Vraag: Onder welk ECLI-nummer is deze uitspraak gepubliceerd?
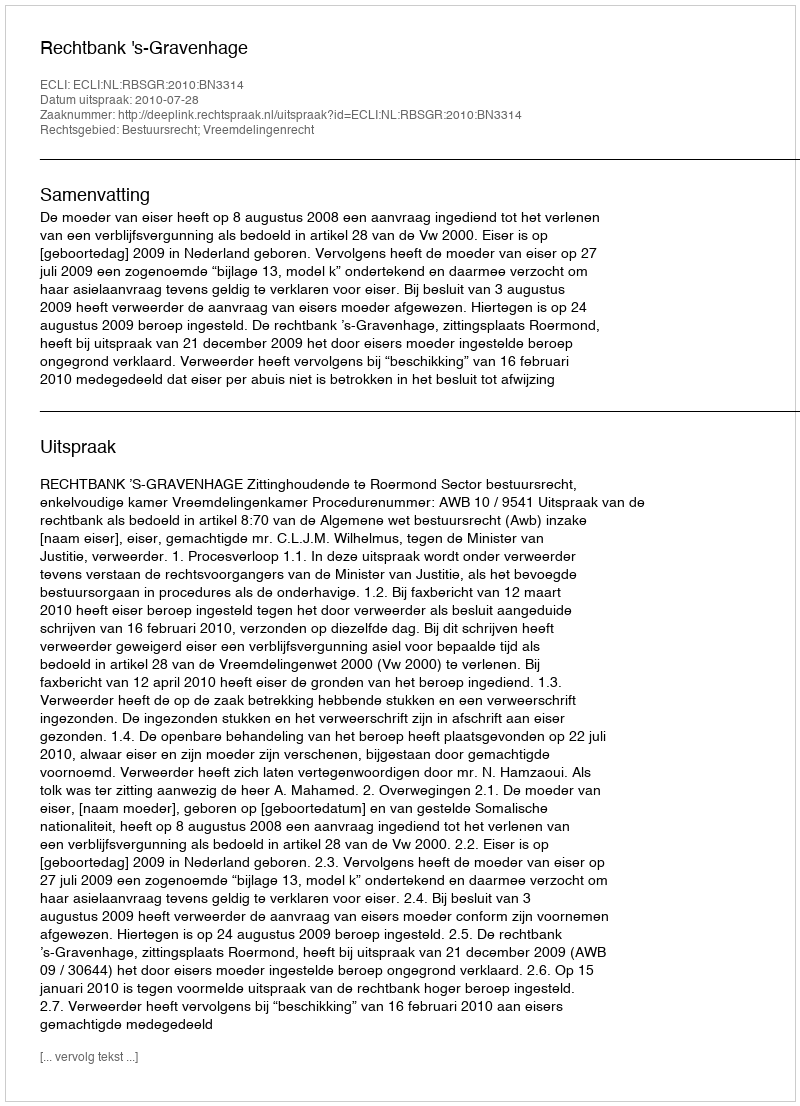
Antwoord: ECLI:NL:RBSGR:2010:BN3314